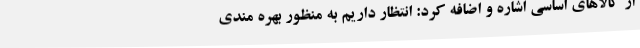
از کالاهای اساسی اشاره و اضافه کرد: انتظار داریم به منظور بهره مندی